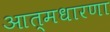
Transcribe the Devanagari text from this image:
आत्मधारणा